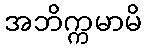
အဘိက္ကမာမိ